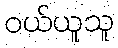
ဝယ်ယူသူ